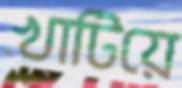
খাটিয়ে